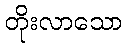
တိုးလာသော